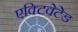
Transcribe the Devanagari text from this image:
एक्टिवेटेड